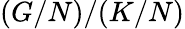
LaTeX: (G/N)/(K/N)